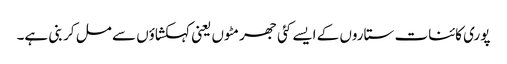
پوری کائنات ستاروں کے ایسے کئی جھرمٹوں یعنی کہکشاؤں سے مل کر بنی ہے۔